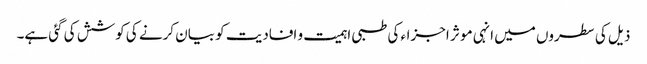
ذیل کی سطروں میں انہی مو ثر اجزاء کی طبی اہمیت و افادیت کو بیان کرنے کی کوشش کی گئی ہے۔